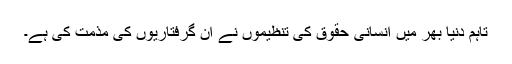
تاہم دنیا بھر میں انسانی حقوق کی تنظیموں نے ان گرفتاریوں کی مذمت کی ہے۔